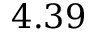
4 . 3 9